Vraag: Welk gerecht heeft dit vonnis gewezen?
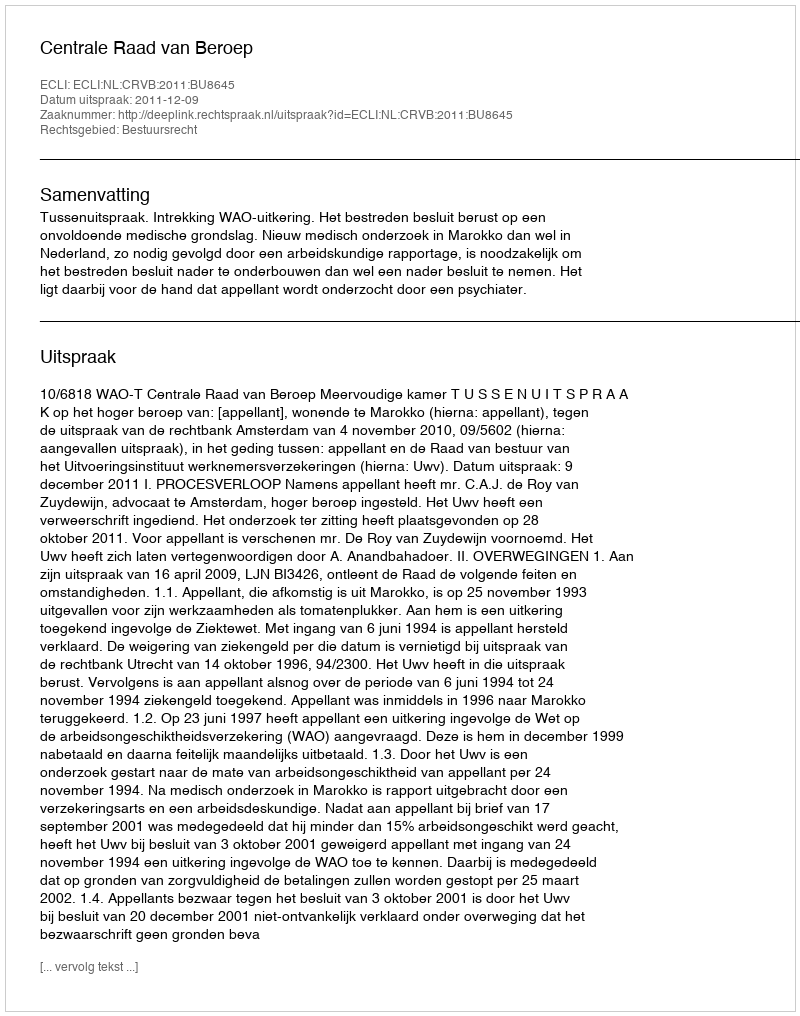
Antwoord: Centrale Raad van Beroep